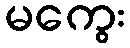
မကွေး